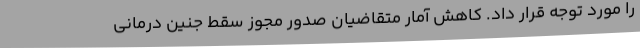
را مورد توجه قرار داد. کاهش آمار متقاضیان صدور مجوز سقط جنین درمانی